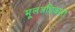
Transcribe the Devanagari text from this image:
मूलअधिकारों